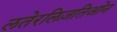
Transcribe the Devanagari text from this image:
लतेरलिज़तिओन